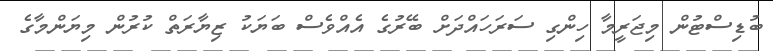
ބުޑިސްޓުން މިޖަރީމާ ހިންގި ސަރަހައްދަށް ބޭރުގެ އެއްވެސް ބަޔަކު ޒިޔާރަތް ކުރުން މިޔަންމާގެ